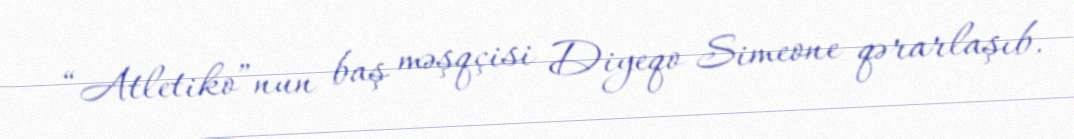
“Atletiko”nun baş məşqçisi Diyeqo Simeone qərarlaşıb.